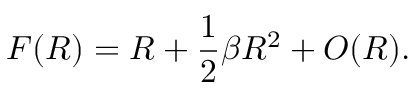
F ( R ) = R + \frac { 1 } { 2 } \beta R ^ { 2 } + { \cal O } ( R ) .